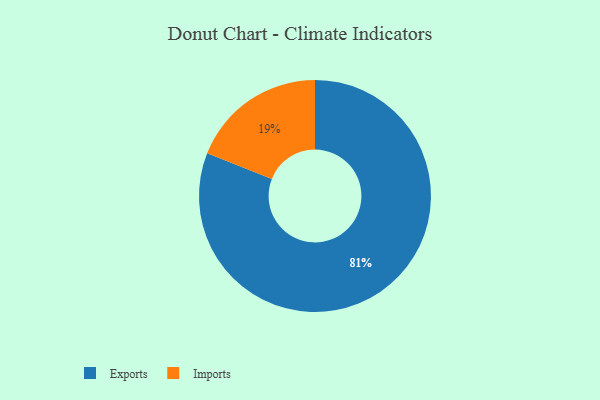
{"axis": {"x": "Category", "y": "Percentage"}, "legend": ["Exports", "Imports"], "data": [{"x": "Exports", "y": 81, "type": "Exports"}, {"x": "Imports", "y": 19, "type": "Imports"}]}